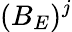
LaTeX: (B_{E})^{j}